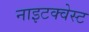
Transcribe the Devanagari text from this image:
नाइटक्वेस्ट